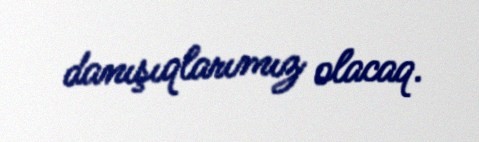
danışıqlarımız olacaq.